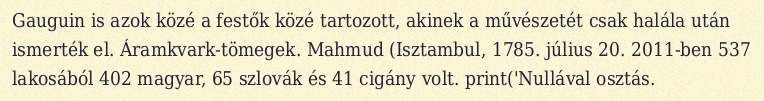
Gauguin is azok közé a festők közé tartozott, akinek a művészetét csak halála után ismerték el. Áramkvark-tömegek. Mahmud (Isztambul, 1785. július 20. 2011-ben 537 lakosából 402 magyar, 65 szlovák és 41 cigány volt. print('Nullával osztás.